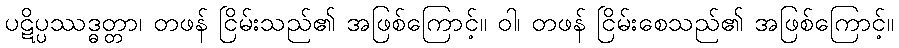
ပဋိပ္ပဿဒ္ဓတ္တာ၊ တဖန် ငြိမ်းသည်၏ အဖြစ်ကြောင့်။ ဝါ၊ တဖန် ငြိမ်းစေသည်၏ အဖြစ်ကြောင့်။